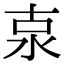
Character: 𣳂